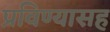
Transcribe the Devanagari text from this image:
प्रविण्यासह